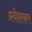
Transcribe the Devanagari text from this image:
प्रवेशकर